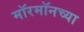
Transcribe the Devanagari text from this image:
मॉरमॉनच्या